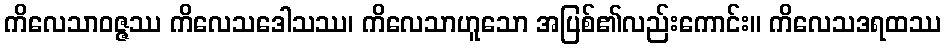
ကိလေသာဝဇ္ဇဿ ကိလေသဒေါသဿ၊ ကိလေသာဟူသော အပြစ်၏လည်းကောင်း။ ကိလေသဒရထဿ